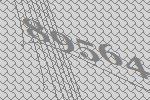
89564